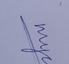
Signature authenticity: genuine